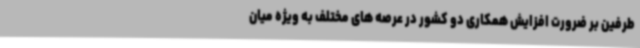
طرفین بر ضرورت افزایش همکاری دو کشور در عرصه های مختلف به ویژه میان